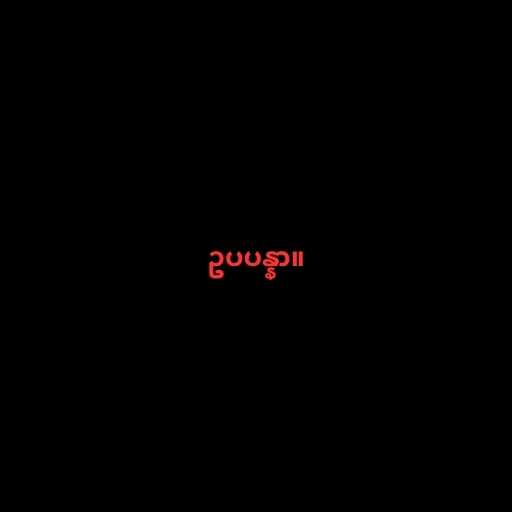
ဥပပန္နာ။